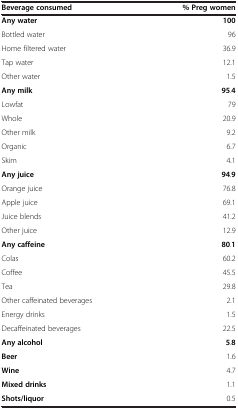
| Beverage consumed | % Preg women |
 | --- | --- |
 | Any water | 100 |
 | Bottled water | 96 |
 | Home filtered water | 36.9 |
 | Tap water | 12.1 |
 | Other water | 1.5 |
 | Any milk | 95.4 |
 | Lowfat | 79 |
 | Whole | 20.9 |
 | Other milk | 9.2 |
 | Organic | 6.7 |
 | Skim | 4.1 |
 | Any juice | 94.9 |
 | Orange juice | 76.8 |
 | Apple juice | 69.1 |
 | Juice blends | 41.2 |
 | Other juice | 12.9 |
 | Any caffeine | 80.1 |
 | Colas | 60.2 |
 | Coffee | 45.5 |
 | Tea | 29.8 |
 | Other caffeinated beverages | 2.1 |
 | Energy drinks | 1.5 |
 | Decaffeinated beverages | 22.5 |
 | Any alcohol | 5.8 |
 | Beer | 1.6 |
 | Wine | 4.7 |
 | Mixed drinks | 1.1 |
 | Shots/liquor | 0.5 |